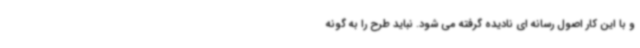
و با این کار اصول رسانه ای نادیده گرفته می شود. نباید طرح را به گونه